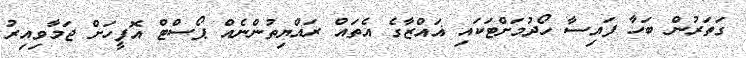
ގަތަރުން ބަހާ ފައިސާ ހޯދުމަށްޓަކައި ޣައްޒާގެ އެތައް ރައްޔިތުންނެއް ޕޯސްޓް އޮފީހަށް ޖަމާވިއިރު